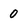
Character: 0